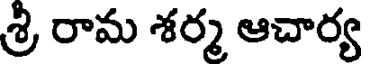
శ్రి రామ శర్మ ఆచార్య